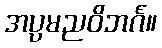
အပ္ပမညဝိဘင်္ဂ။